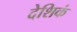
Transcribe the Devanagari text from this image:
देशिकं